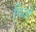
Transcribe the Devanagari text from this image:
चिओ